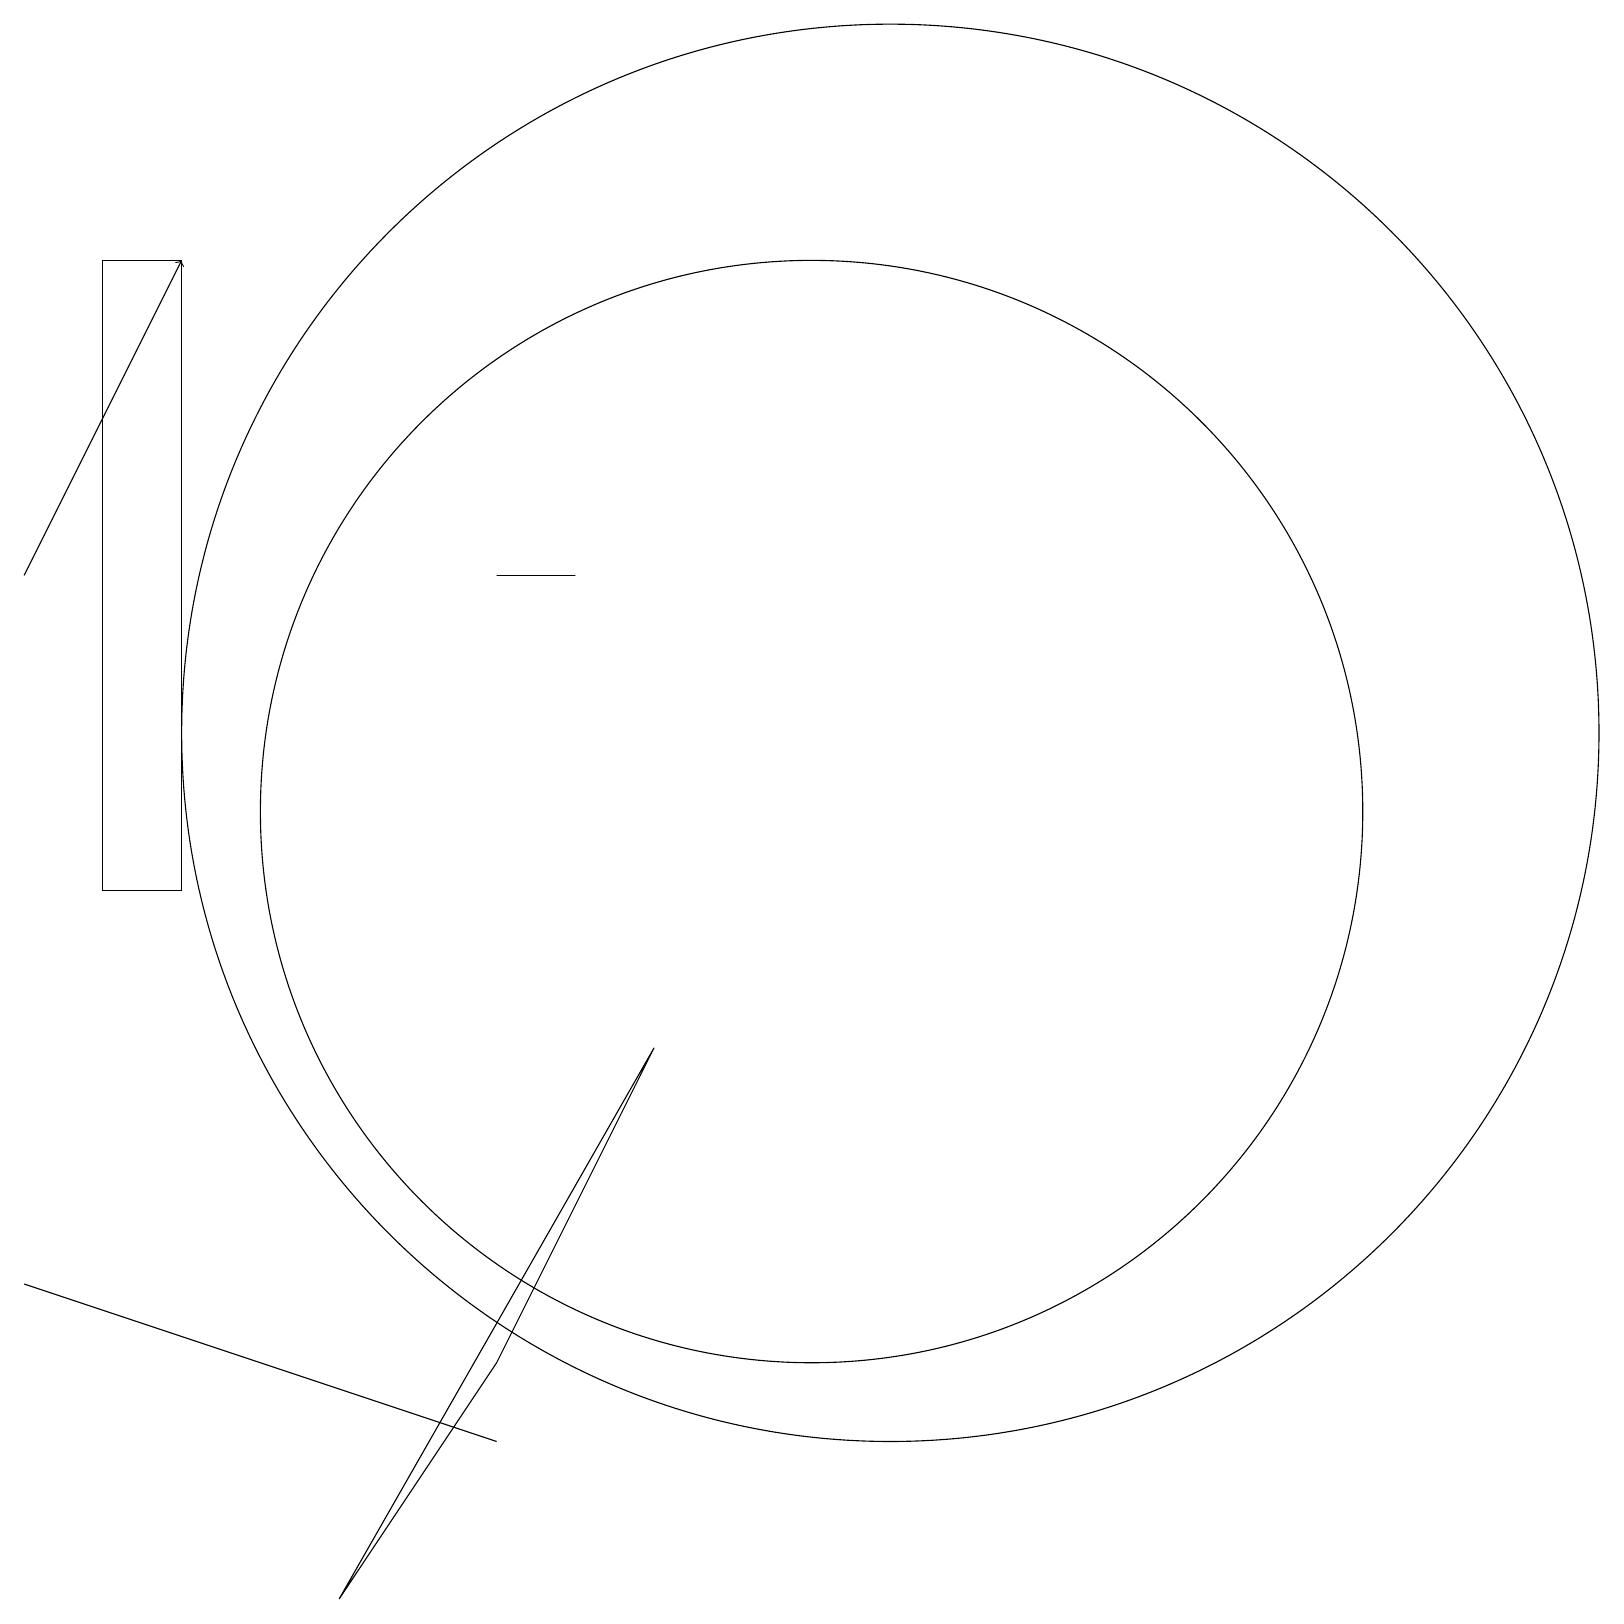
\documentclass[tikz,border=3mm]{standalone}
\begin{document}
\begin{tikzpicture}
\draw (12,12) circle (9);
\draw (3,10) rectangle (2,18);
\draw (11,11) circle (7);
\draw (4,4) -- (1,5) -- (7,3) -- cycle;
\draw (8,14) rectangle (7,14);
\draw[->] (1,14) -- (3,18);
\draw (7,4) -- (5,1) -- (9,8) -- cycle;
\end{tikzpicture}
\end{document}